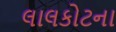
લાલકોટના